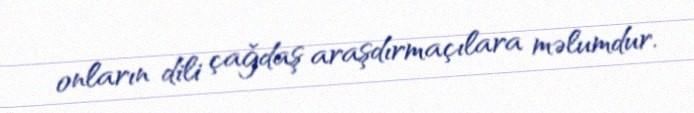
onların dili çağdaş araşdırmaçılara məlumdur.